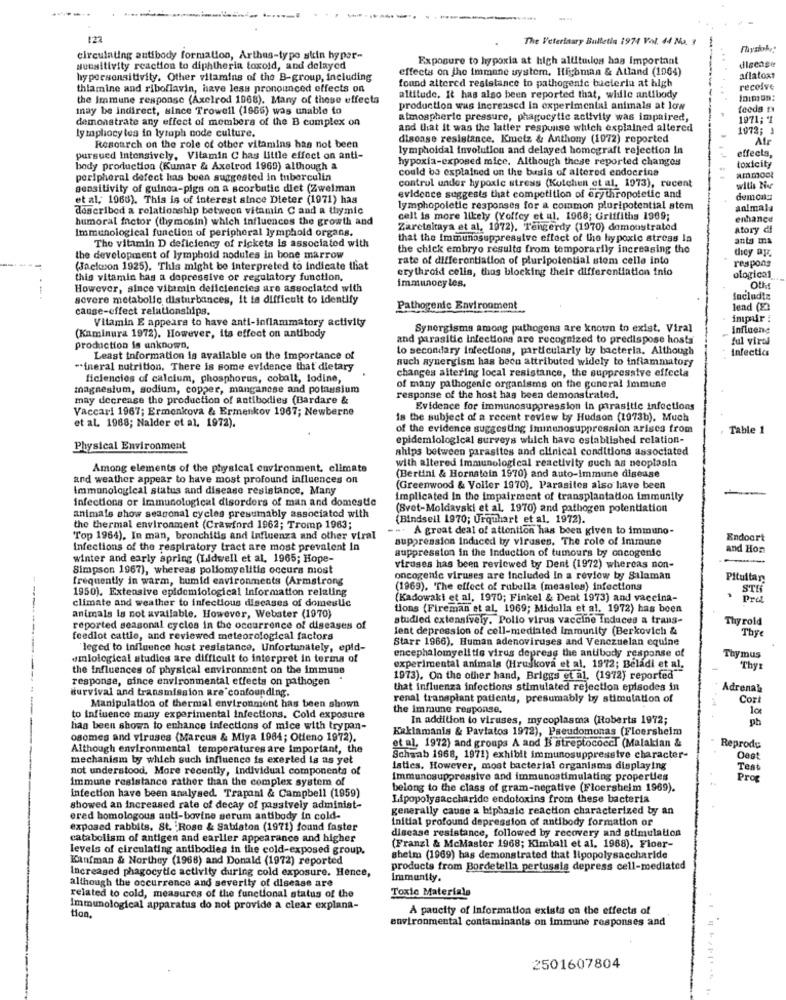
122
The Veterinary Bulletin 1974 Vol. 44 No. 3
-
circulating antibody formation, Arthas-type skin hyper-
Exposure to hypoxia at high allituslos has Important
sensitivity reaction to diphtheria toxold, and delayed
effects on the immune system, Highman & Atland (1064)
disease
hypersensitivity. Other vitamins of the B-group, including
found altered resistance to pathogenic bacteria at high
aflatox?
thiamine and riboflavin, have less pronounced effects on
receive
the Immune response (Axelrod 1968). Many of these effecta
altitude. It has also been reported that, while antibody
may be indirect, since Trowell (1965) was unable to
production wus increased in experimental animals at low
feeds
demonstrate any effect of members of the B complex on
atmospheric pressure, phagucytic activity was impaired,
1971;1
lymphocytes in lyraph node culture.
and that it was the latter response which explained altered
1072; 1
disease resistance. Kmetz & Anthony (1972) reported
Air
Resoarch on the role of other vitamins has not been
lymphoidal involution and delayed homegraft rejection In
effects,
pursued Intensively, Vitamin C has Little effect on anti-
hypoxia-exposed mice. Although these reported changes
body production (Kumar & Axelrod 1969) although &
could be explained on the basis of altered endocrine
toxicity
ammoot
peripheral defect has been suggested in tuberculin
sensitivity of guinea-pigs on a scorbutic diet (Zweiman
control under hypoxic stress (Kuichen et al, 1973), recent
wills tive
et al, 1968). This is of interest since Dieter (1971) has
evidence suggests that competition of erythropotetic and
demony
described a relationship between vitamin C and a thymic
lymphopoletic responses for a common pluripotential stem
animals
humoral factor (thymosin) which influences the growth and
cell is more likely (Yoffcy et al. 1968; Griffiths 1969;
enhance
Immunological function of peripheral lymphold organs.
Zaretaltaya et al, 1972). Tangerdy (1970) demonstrated
atory di
that the Immunosuppressive effect of the hypoxic stress In
anta ma
The vitamin D deficiency of rickets is associated with
the chick embryo results from temporarily increasing the
the development of lymphold nodules in bone marrow
rate of differentiation of pluripotential stem celle into
diey ap
respons
(Jackson 1925). This might be interpreted to indicate that
erythroid cells, thus blocking their differentiation inio
this vitamin has a depressive or regulatory function,
ological
However, since vitamin deficiencies are associated with
immunocy les.
OU
sovere metabolic disturbances, it is difficult to Identify
Includte
cause-effect relationships.
Pathogenic Environment
lend (22
Vitamin E appears to have anti-inflammatory activity
impur :
Synergisma among pathogens are known to exist, Viral
Influeng
(Kaminura 1972). However, its effect on antibody
and parasitic Infections are recognized to predispose hosts
ful viral
production is unknown,
to secondary Infections, particularly by bacteria. Although
infecties
Least information is available on the Importance of
auch synergism has been attributed widely to inflammatory
-ineral nutrition. There is some evidence that dietary
changes altering local resistance, the suppressive effecta
ficiencies of calcium, phosphorus, cobalt, lodine,
magnesium, sodium, copper, manganese and potassium
of many pathogenic organisms on the general immune
may decrease the production of antibodies (Bardare &
response of the host has been demonstrated,
Vaccari 1967; Ermenkova & Ermenkov 1967; Newberne
Evidence for immunosuppression in parasitic infections
is the subject of a recent review by Hudson (1973b). Much
et al. 1968; Nalder et al. 1972).
of the evidence suggesting immunosuppression arises from
Table 1
epidemiological surveys which have established relation-
Physical Environment
ahips between parasites and clinical conditions associated
with altered immunological reactivity such as neoplasia
Among elements of the physical environment, climate
and weather appear to have most profound influences on
(Bertini & Hornatoin 1970) and auto-immune disease
Immunological status and disease resistance, Many
(Greenwood & Voller 1970). Parasites also have been
infections or immunological disorders of man and domestic
implicated In the impairment of transplantation immunity
(Svet-Moldavski et al. 1970) and pathogen potentiation
animais show seasonal cycles presumably associated with
(Bindsell 1970; Urquhart et al. 1972).
the thermal environment (Crawford 1962; Tromp 1963;
-. A great deal of attention has been given to immuno-
Top 1954). In man, bronchitis and Influenza and other viral
suppression Induced by viruses. The role of Immune
Endoort
Infections of the respiratory tract are most prevalent In
suppression in the Induction of tumours by oncogenic
and Hon
winter and early spring (Lidwell et al, 1965; Hope-
Simpson 1967), whereas pollomyelitis occurs most
viruses has been reviewed by Dent (1972) whereas non-
frequently in warm, humid environments (Armstrong
oncogenic viruses are included In a review by Salaman
Pituitary
1950). Extensive epidemiological Information relating
(1969). The effect of rubella (measles) infections
STE
climate and weather to infectious diseases of domestic
(Kadowaki et al, 1970; Finkel & Dent 1973) and vaccina-
tions (Fireman et al. 1969; Midulla et al. 1972) has been
animals is not available. However, Webster (1970)
studied extensively. Polio virus vaccine induces a trans-
Thy rold
reported seasonal cycles in the occurrence of diseases of
lent depression of cell-mediated Immunity (Berkovich &
Thye
feedlot cattle, and reviewed meteorological factors
Starr 1966), Human adenoviruses and Venezuelan equine
leged to influence host resistance, Unfortunately, epid-
encephalomyelitis virus depress the antibody response of
amiological studies are difficult to interpret in terms of
Thymus
the influences of physical environment on the immune
experimental animals (Hruškova et al, 1972; Beládi et al.
Thyr
response, since environmental effects on pathogen
1973). On the other hand, Briggs et al. (1972) reported
that influenza infections stimulated rejection episodes in
Adrenal
----
survival and transmission are confounding.
renal transplant patients, presumably by stimulation of
Cort
Manipulation of thermal environment has been shown
the immune response.
to influence many experimental infections. Cold exposure
In addition to viruses, mycoplasma (Roberts 1972;
pb
has been shown to enhance infections of mice with trypan-
Kaklamanis & Paviatos 1972), Pseudomonas (Floersheim
osomes and viruses (Marcus & Miya 1984; Otieno 1972).
Although environmental temperatures are important, the
et al. 1972) and groups A and B streptococc! (Malakian &
Reprodu
mechanism by which such influence is exerted is as yet
Schwab 1968, 1971) exhibit immunosuppressive character-
not understood, More recently, Individual components of
laties. However, most bacterial organisms displaying
Test
immune resistance rather than the complex system of
Immunosuppressive and immunostimulating properties
Prog
belong to the class of gram-negative (Floersheim 1969).
infection have been analysed. Trapani & Campbell (1959)
Lipopolysaccharide endotoxins from these bacteria
showed an increased rate of decay of passively administ-
generally cause a biphasic reaction characterized by an
ered homologous anti-bovine serum antibody in cold-
initial profound depression of antibody formation or
exposed rabbits, St. Rose & Satdaton (1971) found faster
disease resistance, followed by recovery and stimulation
catabolismof antigen and earlier appearance and higher
levels of circulating antibodies in the cold-exposed group.
(Franzl & McMaster 1968; Kimball et al. 1968). Floer-
Kaufman & Northey (1968) and Donald (1972) reported
sheim (1969) has demonstrated that lipopolysaccharide
Increased phagocytic activity during cold exposure. Hence,
products from Bordetella pertussis depress cell-mediated
although the occurrence and severity of disease are
immunity.
Toxic Materials
related to cold, measures of the functional status of the
Immunological apparatus do not provide a clear explana-
A paucity of Information exists on the effects of
tion.
environmental contaminants on immune responses and
2501607804